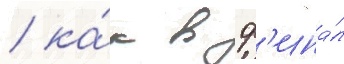
/ ка́к в ф'ина́л